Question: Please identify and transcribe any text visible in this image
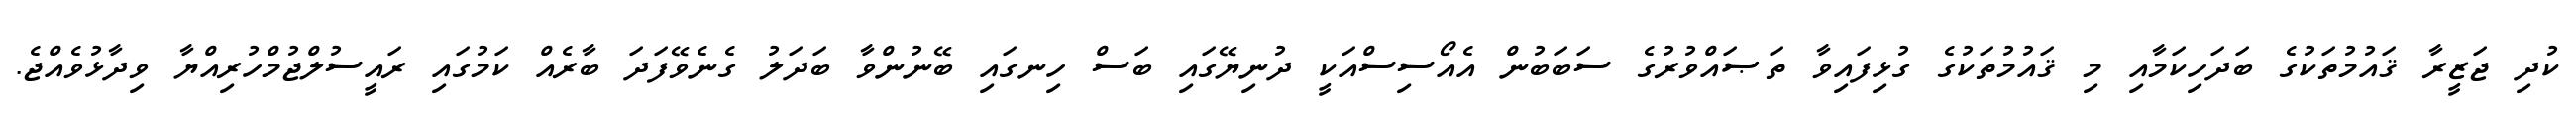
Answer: ކުދި ޖަޒީރާ ޤައުމުތަކުގެ ބަދަހިކަމާއި މި ޤައުމުތަކުގެ ގުޅިފައިވާ ތަޞައްވުރުގެ ސަބަބުން އެއޯސިސްއަކީ ދުނިޔޭގައި ބަސް ހިނގައި ބޭނުންވާ ބަދަލު ގެނެވޭފަދަ ބާރެއް ކަމުގައި ރައީސުލްޖުމްހުރިއްޔާ ވިދާޅުވެއްޖެ.